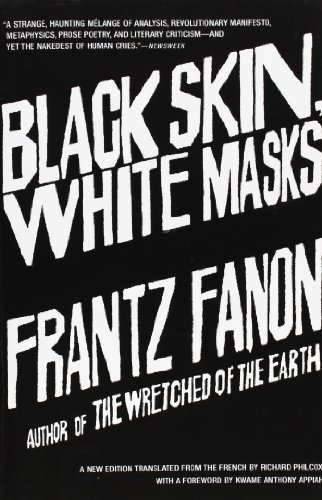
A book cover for Black Skin, White Masks; Frantz Fanon; Medical Books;